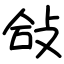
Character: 敆